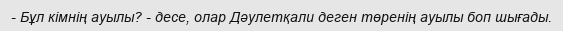
- Бұл кімнің ауылы? - десе, олар Дәулетқали деген төренің ауылы боп шығады.